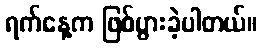
ရက်နေ့က ဖြစ်ပွားခဲ့ပါတယ်။